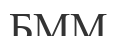
БММ